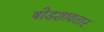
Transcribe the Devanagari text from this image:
षोडशावतार